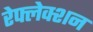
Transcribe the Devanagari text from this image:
रेफ्लेक्शन